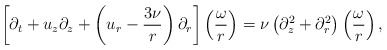
\begin{align*}\left[\partial_t + u_z\partial_z + \left(u_r - \frac{3\nu}{r} \right)\partial_r \right] \left(\frac{\omega}{r}\right) = \nu \left(\partial_z^2+\partial_r^2\right) \left(\frac{\omega}{r} \right),\end{align*}